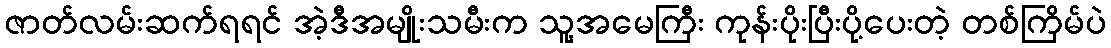
ဇာတ်လမ်းဆက်ရရင် အဲ့ဒီအမျိုးသမီးက သူ့အမေကြီး ကုန်းပိုးပြီးပို့ပေးတဲ့ တစ်ကြိမ်ပဲ